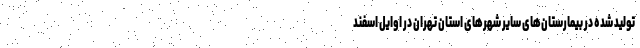
تولید شده در بیمارستان‌های سایر شهرهای استان تهران در اوایل اسفند